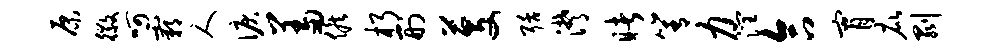
原徽呵霸人泪羞候朽刑芟聒潸睹箐力润合宵庇剥